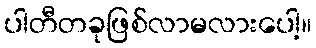
ပါတီတခုဖြစ်လာမလားပေါ့။